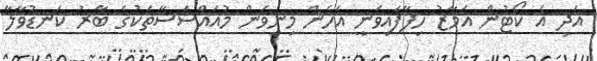
އަދި އެ ކޯޓުން އަމާޒު ހިފާފައިވަނީ އެހެން މިނިވަން މުއައްސަސާތަކުގެ ބާރު ކަނޑުވާލާ